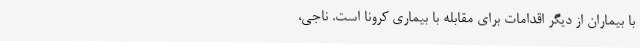
با بیماران از دیگر اقدامات برای مقابله با بیماری کرونا است. ناجی،